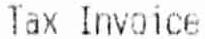
TAX INVOICE